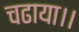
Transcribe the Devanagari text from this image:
चढाया।।